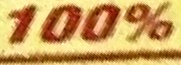
100%